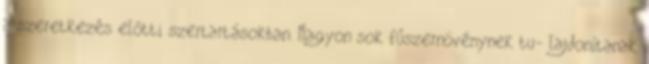
a szeretkezés előtti szertartásokban. Nagyon sok fűszernövénynek tu- lajdonítanak